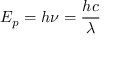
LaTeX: E _ { p } = h \nu = { \frac { h c } { \lambda } }